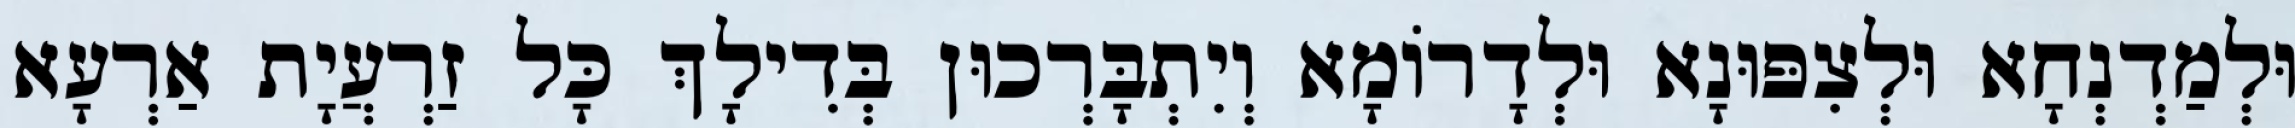
וּלְמַדְנְחָא וּלְצִפּוּנָא וּלְדָרוֹמָא וְיִתְבָּרְכוּן בְּדִילָךְ כָּל זַרְעֲיָת אַרְעָא